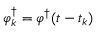
\boldsymbol { \varphi } _ { k } ^ { \dagger } = \boldsymbol { \varphi } ^ { \dagger } ( t - t _ { k } )